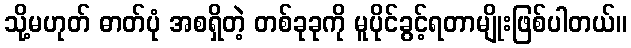
သို့မဟုတ် ဓာတ်ပုံ အစရှိတဲ့ တစ်ခုခုကို မူပိုင်ခွင့်ရတာမျိုးဖြစ်ပါတယ်။